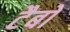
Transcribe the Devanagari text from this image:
टैबो